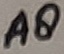
Text: A8